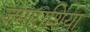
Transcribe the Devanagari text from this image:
जमाराशियां